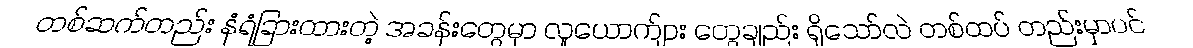
တစ်ဆက်တည်း နံရံခြားထားတဲ့ အခန်းတွေမှာ လူယောက်ျား တွေချည်း ရှိသော်လဲ တစ်ထပ် တည်းမှာပင်